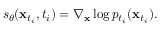
\begin{array} { r } { s _ { \theta } ( \mathbf { x } _ { t _ { i } } , t _ { i } ) = \nabla _ { \mathbf { x } } \log p _ { t _ { i } } ( \mathbf { x } _ { t _ { i } } ) . } \end{array}